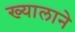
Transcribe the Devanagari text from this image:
ख्यालाने